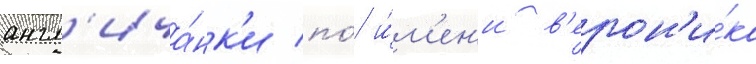
англ'ича́нк'и по́ и́м'ен'и в'ерон'и́ка